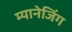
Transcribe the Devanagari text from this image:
म्यानेजिंग